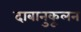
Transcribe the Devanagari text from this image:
दाबानुकूलन